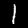
Digit: 1